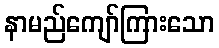
နာမည်ကျော်ကြားသော